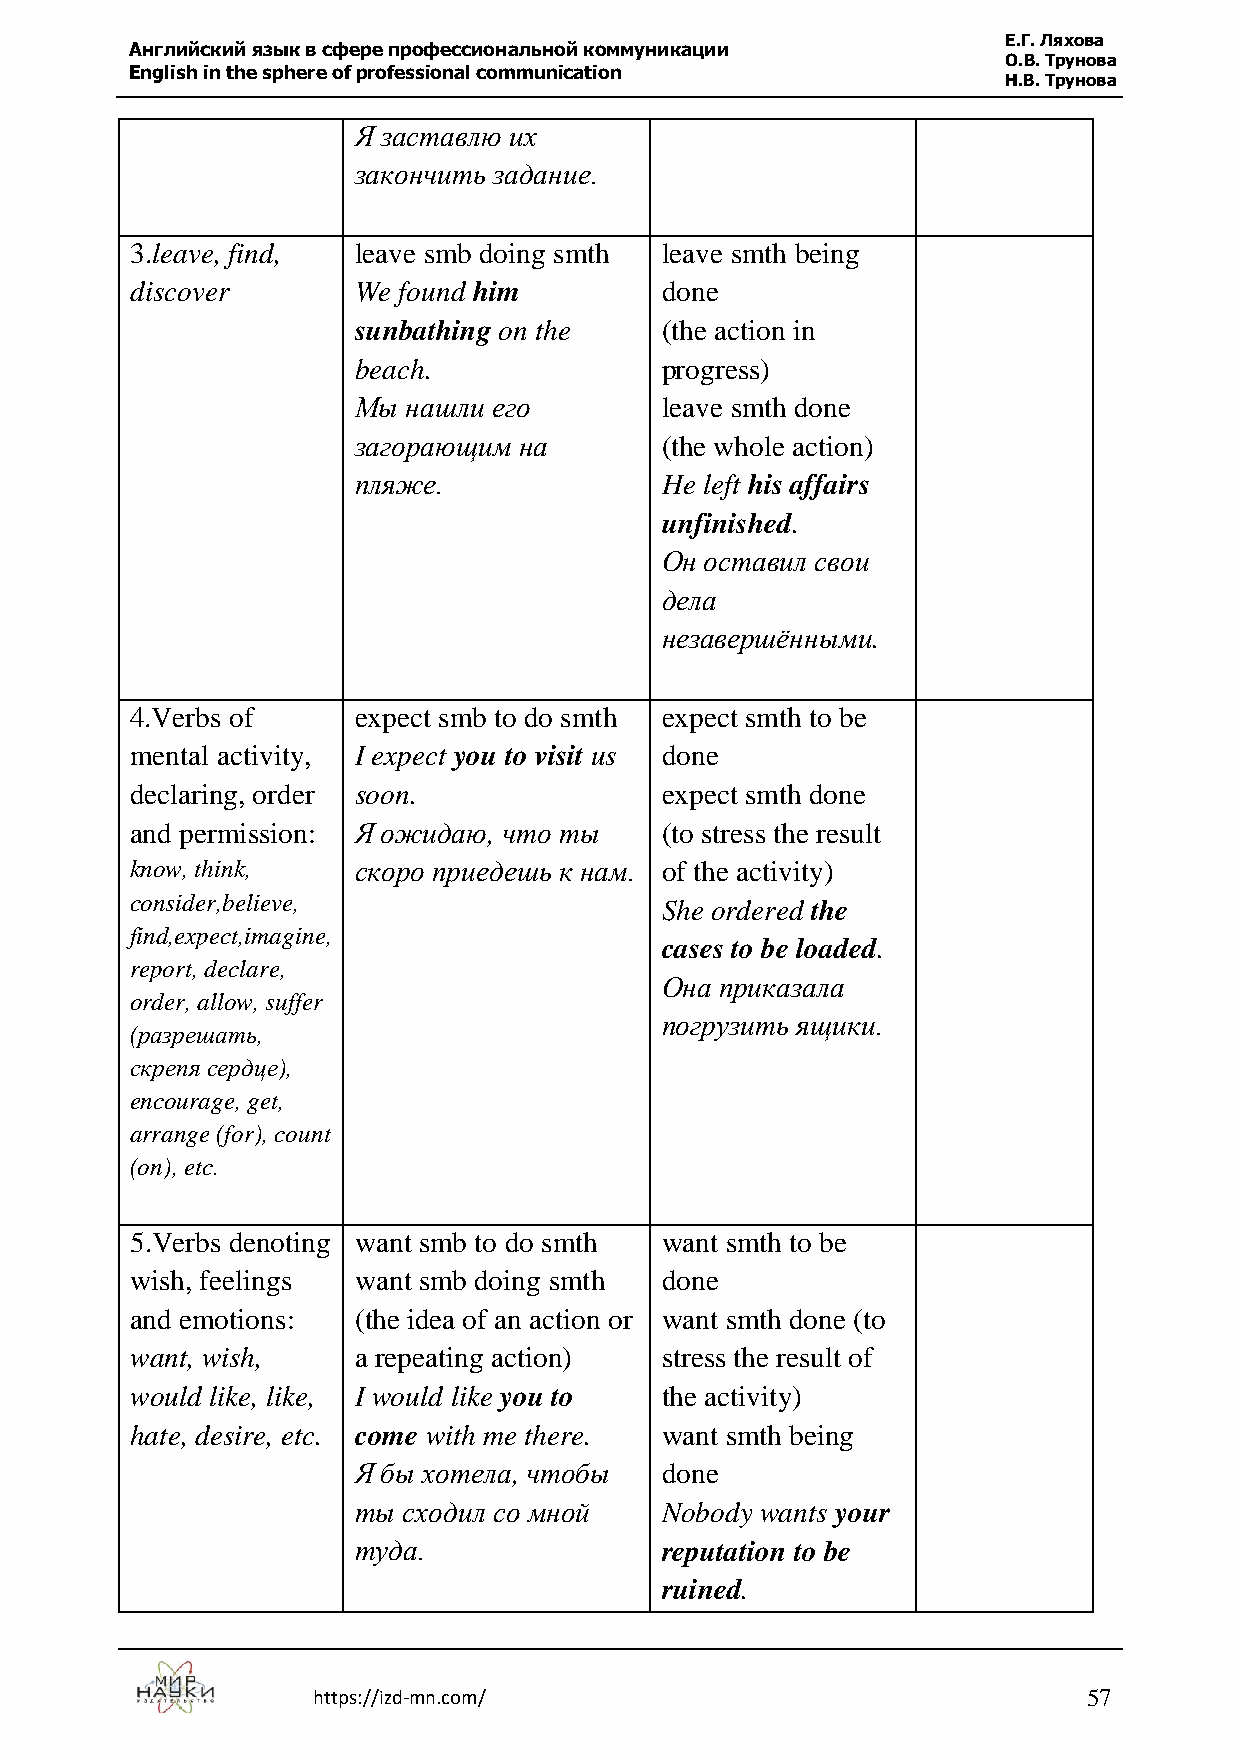
Е.Г. Ляхова
 Английский язык в сфере профессиональной коммуникации
 О.В. Трунова
 English in the sphere of professional communication
 Н.В. Трунова
 Я заставлю их
 закончить задание.
 3.leave, find, leave smb doing smth leave smth being
 discover      We found him         done
 sunbathing on the    (the action in
 beach.               progress)
 Мы  нашли его        leave smth done
 загорающим на        (the whole action)
 пляже.               He left his affairs
 unfinished.
 Он оставил свои
 дела
 незавершёнными.
 4.Verbs of    expect smb to do smth expect smth to be
 mental activity, I expect you to visit us done
 declaring, order soon.             expect smth done
 and permission: Я ожидаю, что ты   (to stress the result
 know, think,  скоро приедешь к нам. of the activity)
 consider,believe,                  She ordered the
 find,expect,imagine,
 cases to be loaded.
 report, declare,
 Она приказала
 order, allow, suffer
 погрузить ящики.
 (разрешать,
 скрепя сердце),
 encourage, get,
 arrange (for), count
 (on), etc.
 5.Verbs denoting want smb to do smth want smth to be
 wish, feelings want smb doing smth done
 and emotions: (the idea of an action or want smth done (to
 want, wish,   a repeating action)  stress the result of
 would like, like, I would like you to the activity)
 hate, desire, etc. come with me there. want smth being
 Я бы хотела, чтобы   done
 ты  сходил со мной   Nobody wants your
 туда.                reputation to be
 ruined.
 https://izd-mn.com/                                57